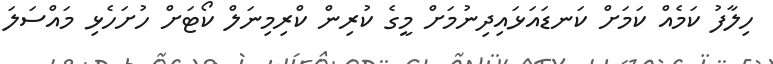
ހިލާފު ކަމެއް ކަމަށް ކަނޑައަޅައިދިނުމަށް މީގެ ކުރިން ކްރިމިނަލް ކޯޓަށް ހުށަހެޅި މައްސަލަ